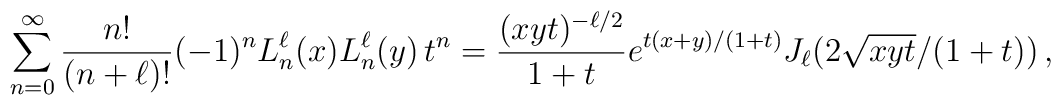
\sum_{n=0}^{\infty}\frac{n!}{(n+\ell)!}(-1)^n L_n^{\ell}(x) L_n^{\ell}(y)\, t^n=\frac{(xyt)^{-\ell/2}}{1+t}e^{t(x+y)/(1+t)}J_{\ell}(2\sqrt{xyt}/(1+t))\, ,